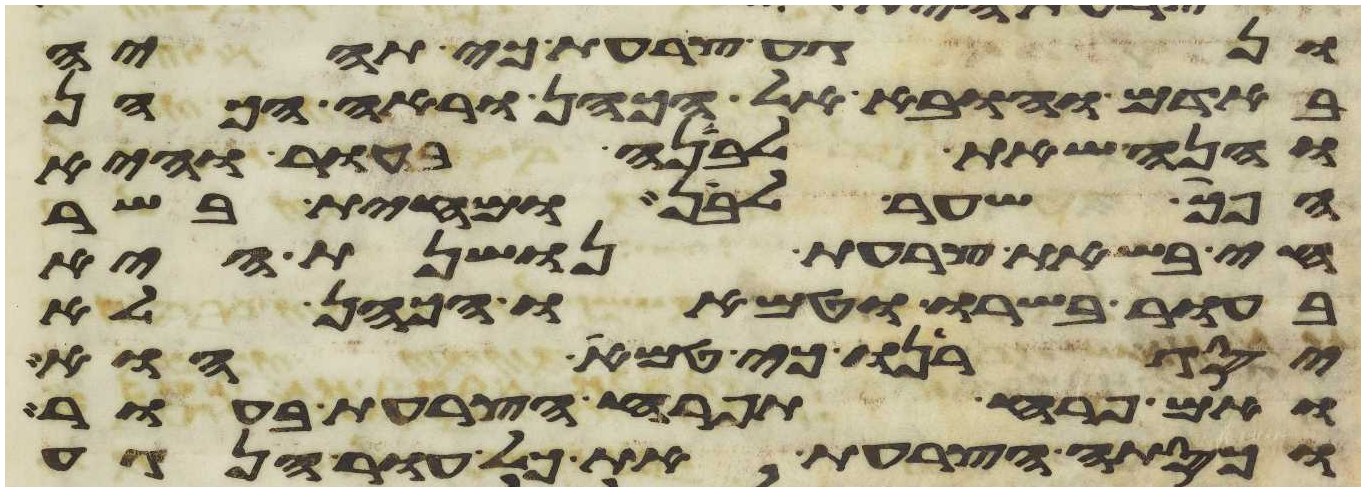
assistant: ונגע צרעת כי תהיה
באדם והובא אל הכהן וראה הכהן
והנה שאת לבנה בעור והיא
הפך שער לבן ומחית בשר
חי בשאת צרעת נושנת היא
בעור בשרו וטמאו הכהן לא
יסגירנו כי טמא הוא
ואם פרח תפרח הצרעת בעור
וכסתה הצרעת את כל עור הנגע